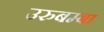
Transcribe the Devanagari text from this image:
उरुबम्बा